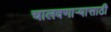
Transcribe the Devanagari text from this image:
चालवणाऱ्यासाठी